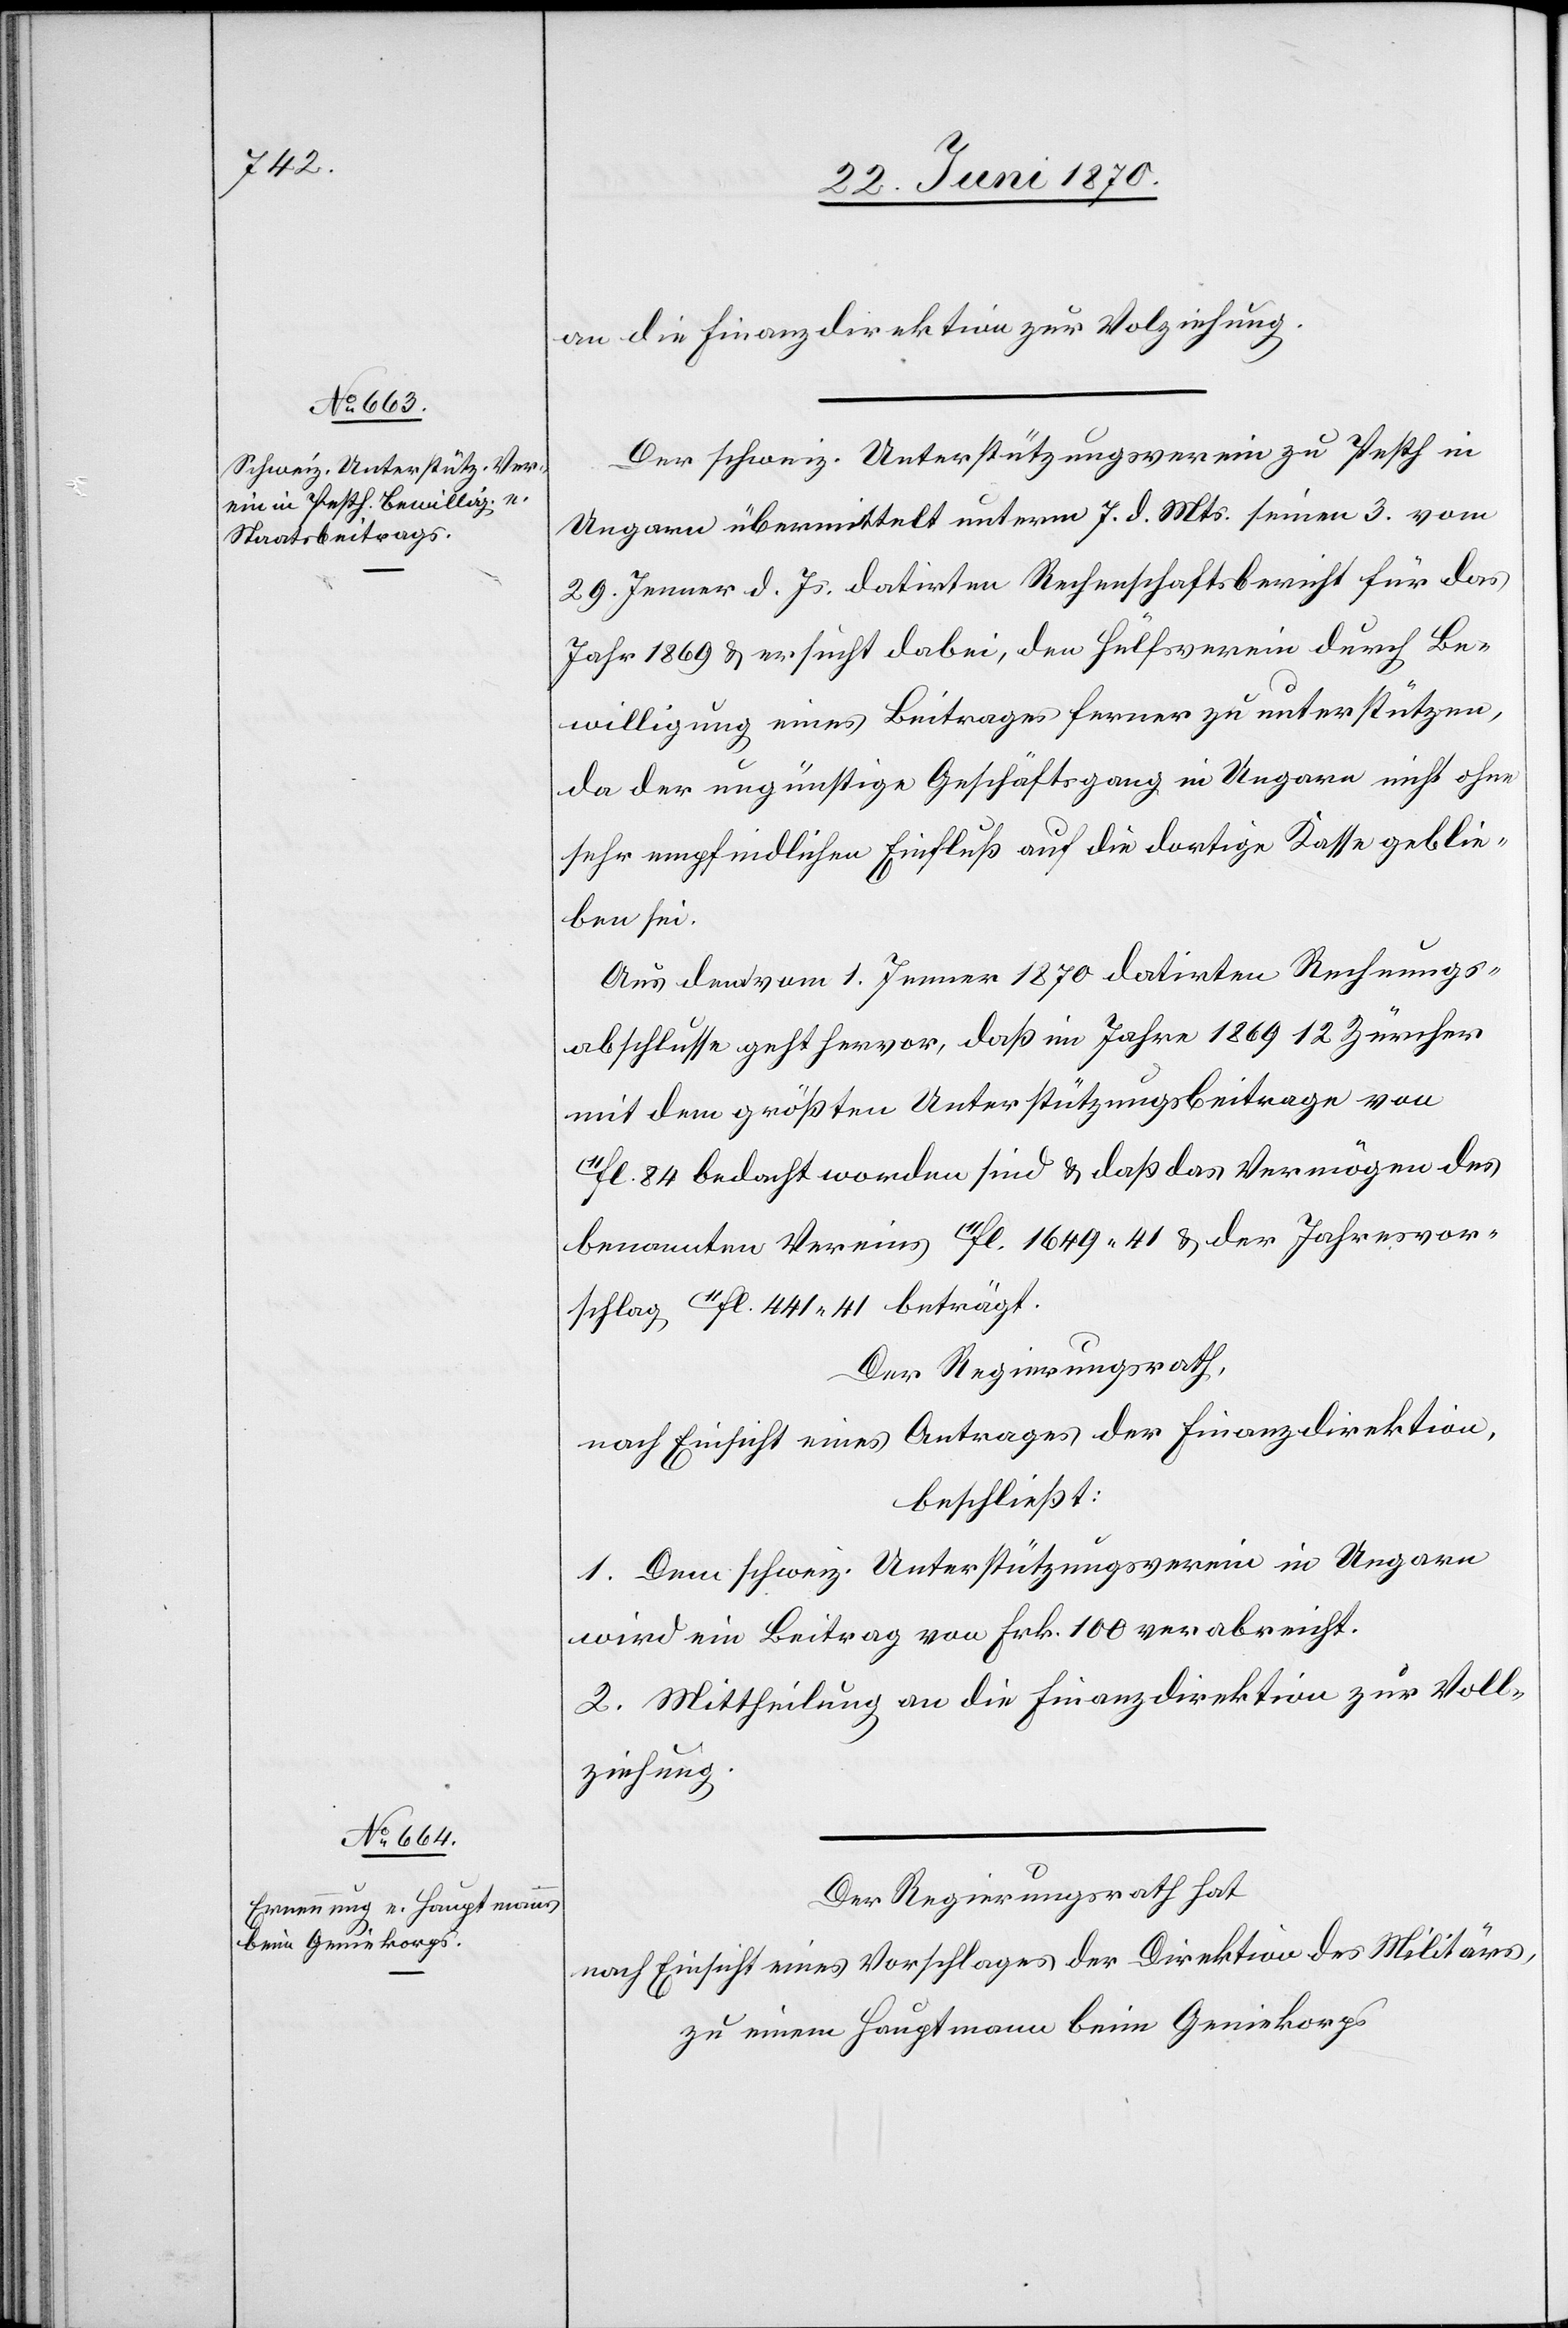
an die Finanzdirektion zur Vollziehung.
Der schweiz. Unterstützungsverein zu Pesth in
Ungarn übermittelt unterm 7. d. Mts. seinen 3. vom
29. Jenner d. Js. datirten Rechenschaftsbericht für das
Jahr 1869 & ersucht dabei, den Hülfsverein durch Be¬
willigung eines Beitrages ferner zu unterstützen,
da der ungünstige Geschäftsgang in Ungarn nicht ohne
sehr empfindlichen Einfluß auf die dortige Kassa geblie¬
ben sei.
Aus dem vom 1. Jenner 1870 datirten Rechnungs¬
abschlusse geht hervor, daß im Jahre 1869 12 Züricher
mit dem größten Unterstützungsbeitrage von
11fl. 84 bedacht worden sind & daß das Vermögen des
benannten Vereins 11fl. 1649.41 & der Jahresvor¬
schlag 11fl. 441.41 beträgt.
Der Regierungsrath,
nach Einsicht eines Antrages der Finanzdirektion,
beschließt:
1. Dem schweiz. Unterstützungsverein in Ungarn
wird ein Beitrag von Frk. 100 verabreicht.
2. Mittheilung an die Finanzdirektion zur Voll¬
ziehung.
Der Regierungsrath hat
nach Einsicht eines Vorschlages der Direktion des Militärs,
zu einem Hauptmann beim Geniekorps